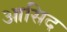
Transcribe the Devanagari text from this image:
आसिद